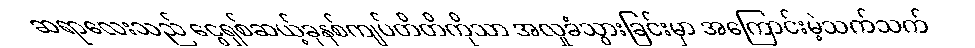
ဆရာလေးသည် ငွေရှစ်ဆယ့်ခုနစ်ကျပ်တိတိကိုသာ အလှုခံသွားခြင်းမှာ အကြောင်းမဲ့သက်သက်